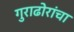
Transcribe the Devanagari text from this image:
गुराढोरांचा